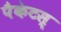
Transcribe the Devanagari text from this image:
पैकेटस्